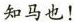
\underline{知马也！}